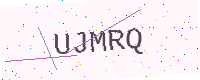
Text: UJMRQ